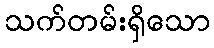
သက်တမ်းရှိသော